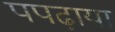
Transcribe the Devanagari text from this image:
पपढ़ाया